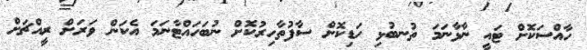
ހާއްސަކޮށް ޓައީ ނާޅާނަމަ ތުނބުޅި ހަޑިކޮށް ސާފުތާހިރުކޮށް ނުބަހައްޓާނަމަ އެކަން ވަރަށް ރީއްޗަށް